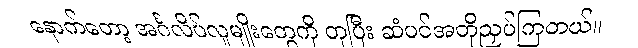
နောက်တော့ အင်္ဂလိပ်လူမျိုးတွေကို တုပြီး ဆံပင်အတိုညှပ်ကြတယ်။